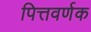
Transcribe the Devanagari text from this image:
पित्तवर्णक